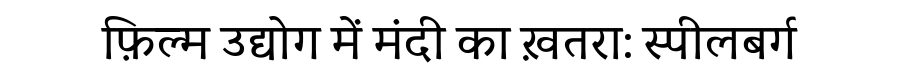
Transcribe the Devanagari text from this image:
फ़िल्म उद्योग में मंदी का ख़तरा: स्पीलबर्ग